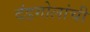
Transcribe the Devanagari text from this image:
दंडगोलांची